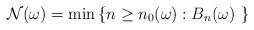
LaTeX: \begin{align*}\mathcal N(\omega)=\min\left\{ n\ge n_0(\omega): B_n(\omega) \,\, \right\}\end{align*}